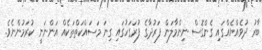
ބާރު ދުވެއްޔެއްގައި ގެންގޮސް ނިންމާލަން ފަރުދާގެ ފުރަގަހުގައި ގިނަ މަސައްކަތްތަކެއް އަންނަނީ ކުރަމުންނެވެ.